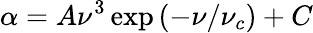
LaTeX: \alpha=A\nu^{3}\exp{(-\nu/\nu_{c})}+C